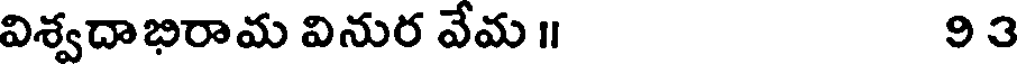
విశ్వదాభిరామ వినుర వేమ ॥ 93